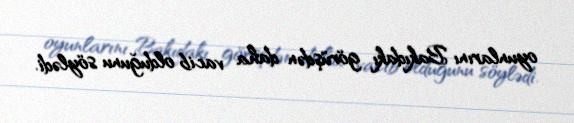
oyunlarını Bakıdakı görüşdən daha vacib olduğunu söylədi.